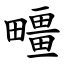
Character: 疅